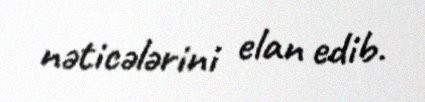
nəticələrini elan edib.